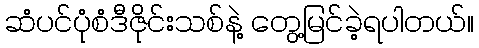
ဆံပင်ပုံစံဒီဇိုင်းသစ်နဲ့ တွေ့မြင်ခဲ့ရပါတယ်။